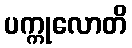
ပက္ကုလောတိ